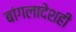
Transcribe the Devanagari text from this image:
बांगलादेशही